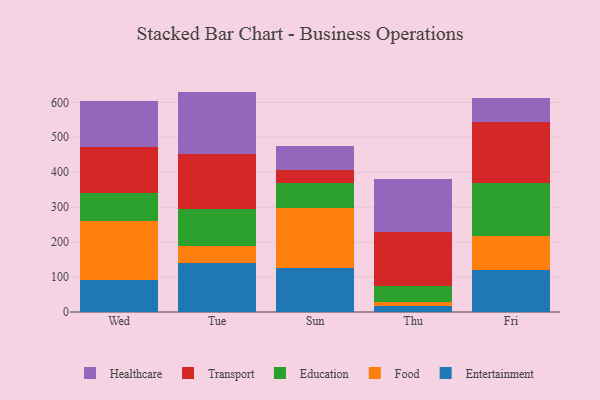
{"axis": {"x": "Day", "y": "Population (Million)"}, "legend": ["Education", "Entertainment", "Food", "Healthcare", "Transport"], "data": [{"x": "Wed", "y": 92.2, "type": "Entertainment"}, {"x": "Wed", "y": 167.3, "type": "Food"}, {"x": "Wed", "y": 81.8, "type": "Education"}, {"x": "Wed", "y": 130.1, "type": "Transport"}, {"x": "Wed", "y": 131.3, "type": "Healthcare"}, {"x": "Tue", "y": 140.7, "type": "Entertainment"}, {"x": "Tue", "y": 49.5, "type": "Food"}, {"x": "Tue", "y": 105.2, "type": "Education"}, {"x": "Tue", "y": 157.3, "type": "Transport"}, {"x": "Tue", "y": 178.0, "type": "Healthcare"}, {"x": "Sun", "y": 126.6, "type": "Entertainment"}, {"x": "Sun", "y": 170.5, "type": "Food"}, {"x": "Sun", "y": 71.1, "type": "Education"}, {"x": "Sun", "y": 37.2, "type": "Transport"}, {"x": "Sun", "y": 70.4, "type": "Healthcare"}, {"x": "Thu", "y": 17.0, "type": "Entertainment"}, {"x": "Thu", "y": 12.4, "type": "Food"}, {"x": "Thu", "y": 45.0, "type": "Education"}, {"x": "Thu", "y": 153.9, "type": "Transport"}, {"x": "Thu", "y": 150.9, "type": "Healthcare"}, {"x": "Fri", "y": 119.3, "type": "Entertainment"}, {"x": "Fri", "y": 97.8, "type": "Food"}, {"x": "Fri", "y": 151.5, "type": "Education"}, {"x": "Fri", "y": 175.7, "type": "Transport"}, {"x": "Fri", "y": 68.4, "type": "Healthcare"}]}